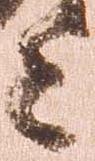
上